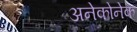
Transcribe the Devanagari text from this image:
अनेकोनेक